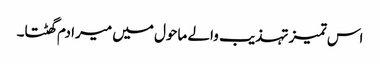
اس تمیز تہذیب والے ماحول میں میرا دم گھٹتا۔